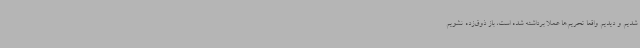
شدیم و دیدیم واقعا تحریم‌ها عملا برداشته شده است، باز ذوق‌زده نشویم